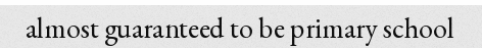
almost guaranteed to be primary school